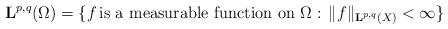
LaTeX: \begin{align*}\mathbf{L}^{p,q}(\Omega)=\{ f \,\mbox{is a measurable function on $\Omega$}: \, \|f \|_{\mathbf{L}^{p,q}(X)}<\infty\}\end{align*}